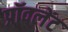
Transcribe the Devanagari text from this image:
प्रॉवलेंट